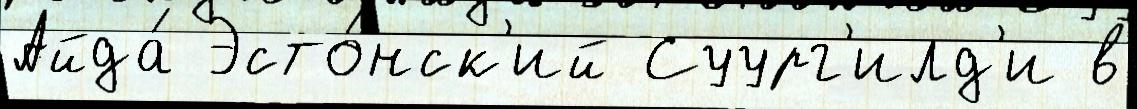
Айда́ Эсто́нск'ий Суург'илд'и в